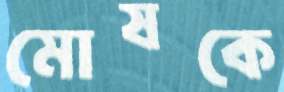
মোষকে